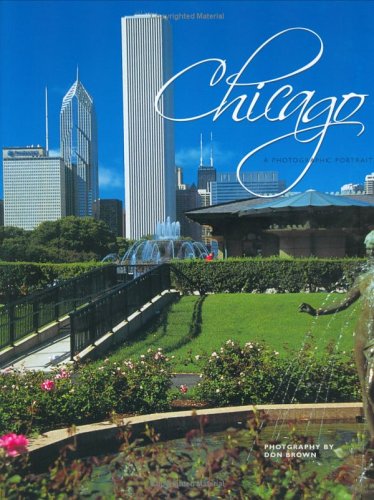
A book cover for Chicago: A Photographic Portrait; Don Brown; Travel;